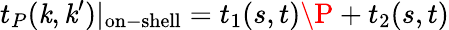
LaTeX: t_{P}(\mathit{k},\mathit{k}^{\prime})|_{\mathrm{{on-shell}}}=t_{1}(s,t)\P+t_{2}(s,t)